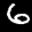
Label: 6